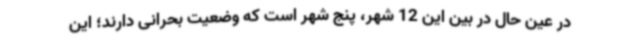
در عین حال در بین این 12 شهر، پنج شهر است که وضعیت بحرانی دارند؛ این